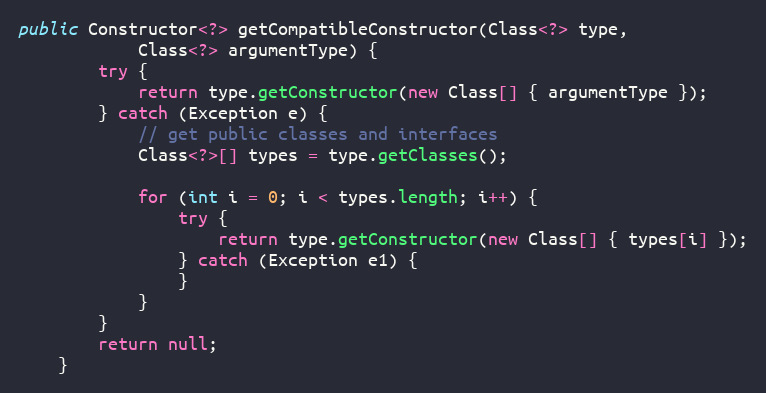
Language: Java
public Constructor<?> getCompatibleConstructor(Class<?> type,
			Class<?> argumentType) {
		try {
			return type.getConstructor(new Class[] { argumentType });
		} catch (Exception e) {
			// get public classes and interfaces
			Class<?>[] types = type.getClasses();

			for (int i = 0; i < types.length; i++) {
				try {
					return type.getConstructor(new Class[] { types[i] });
				} catch (Exception e1) {
				}
			}
		}
		return null;
	}